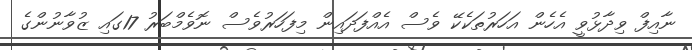
ނާއިފް ވިދާޅުވީ އެހެން އަހަރުތަކެކޭ ވެސް އެއްފަދައިން މިފަހަރުވެސް ނޮވެމްބަރު 17ގައި ޒުވާނުންގެ